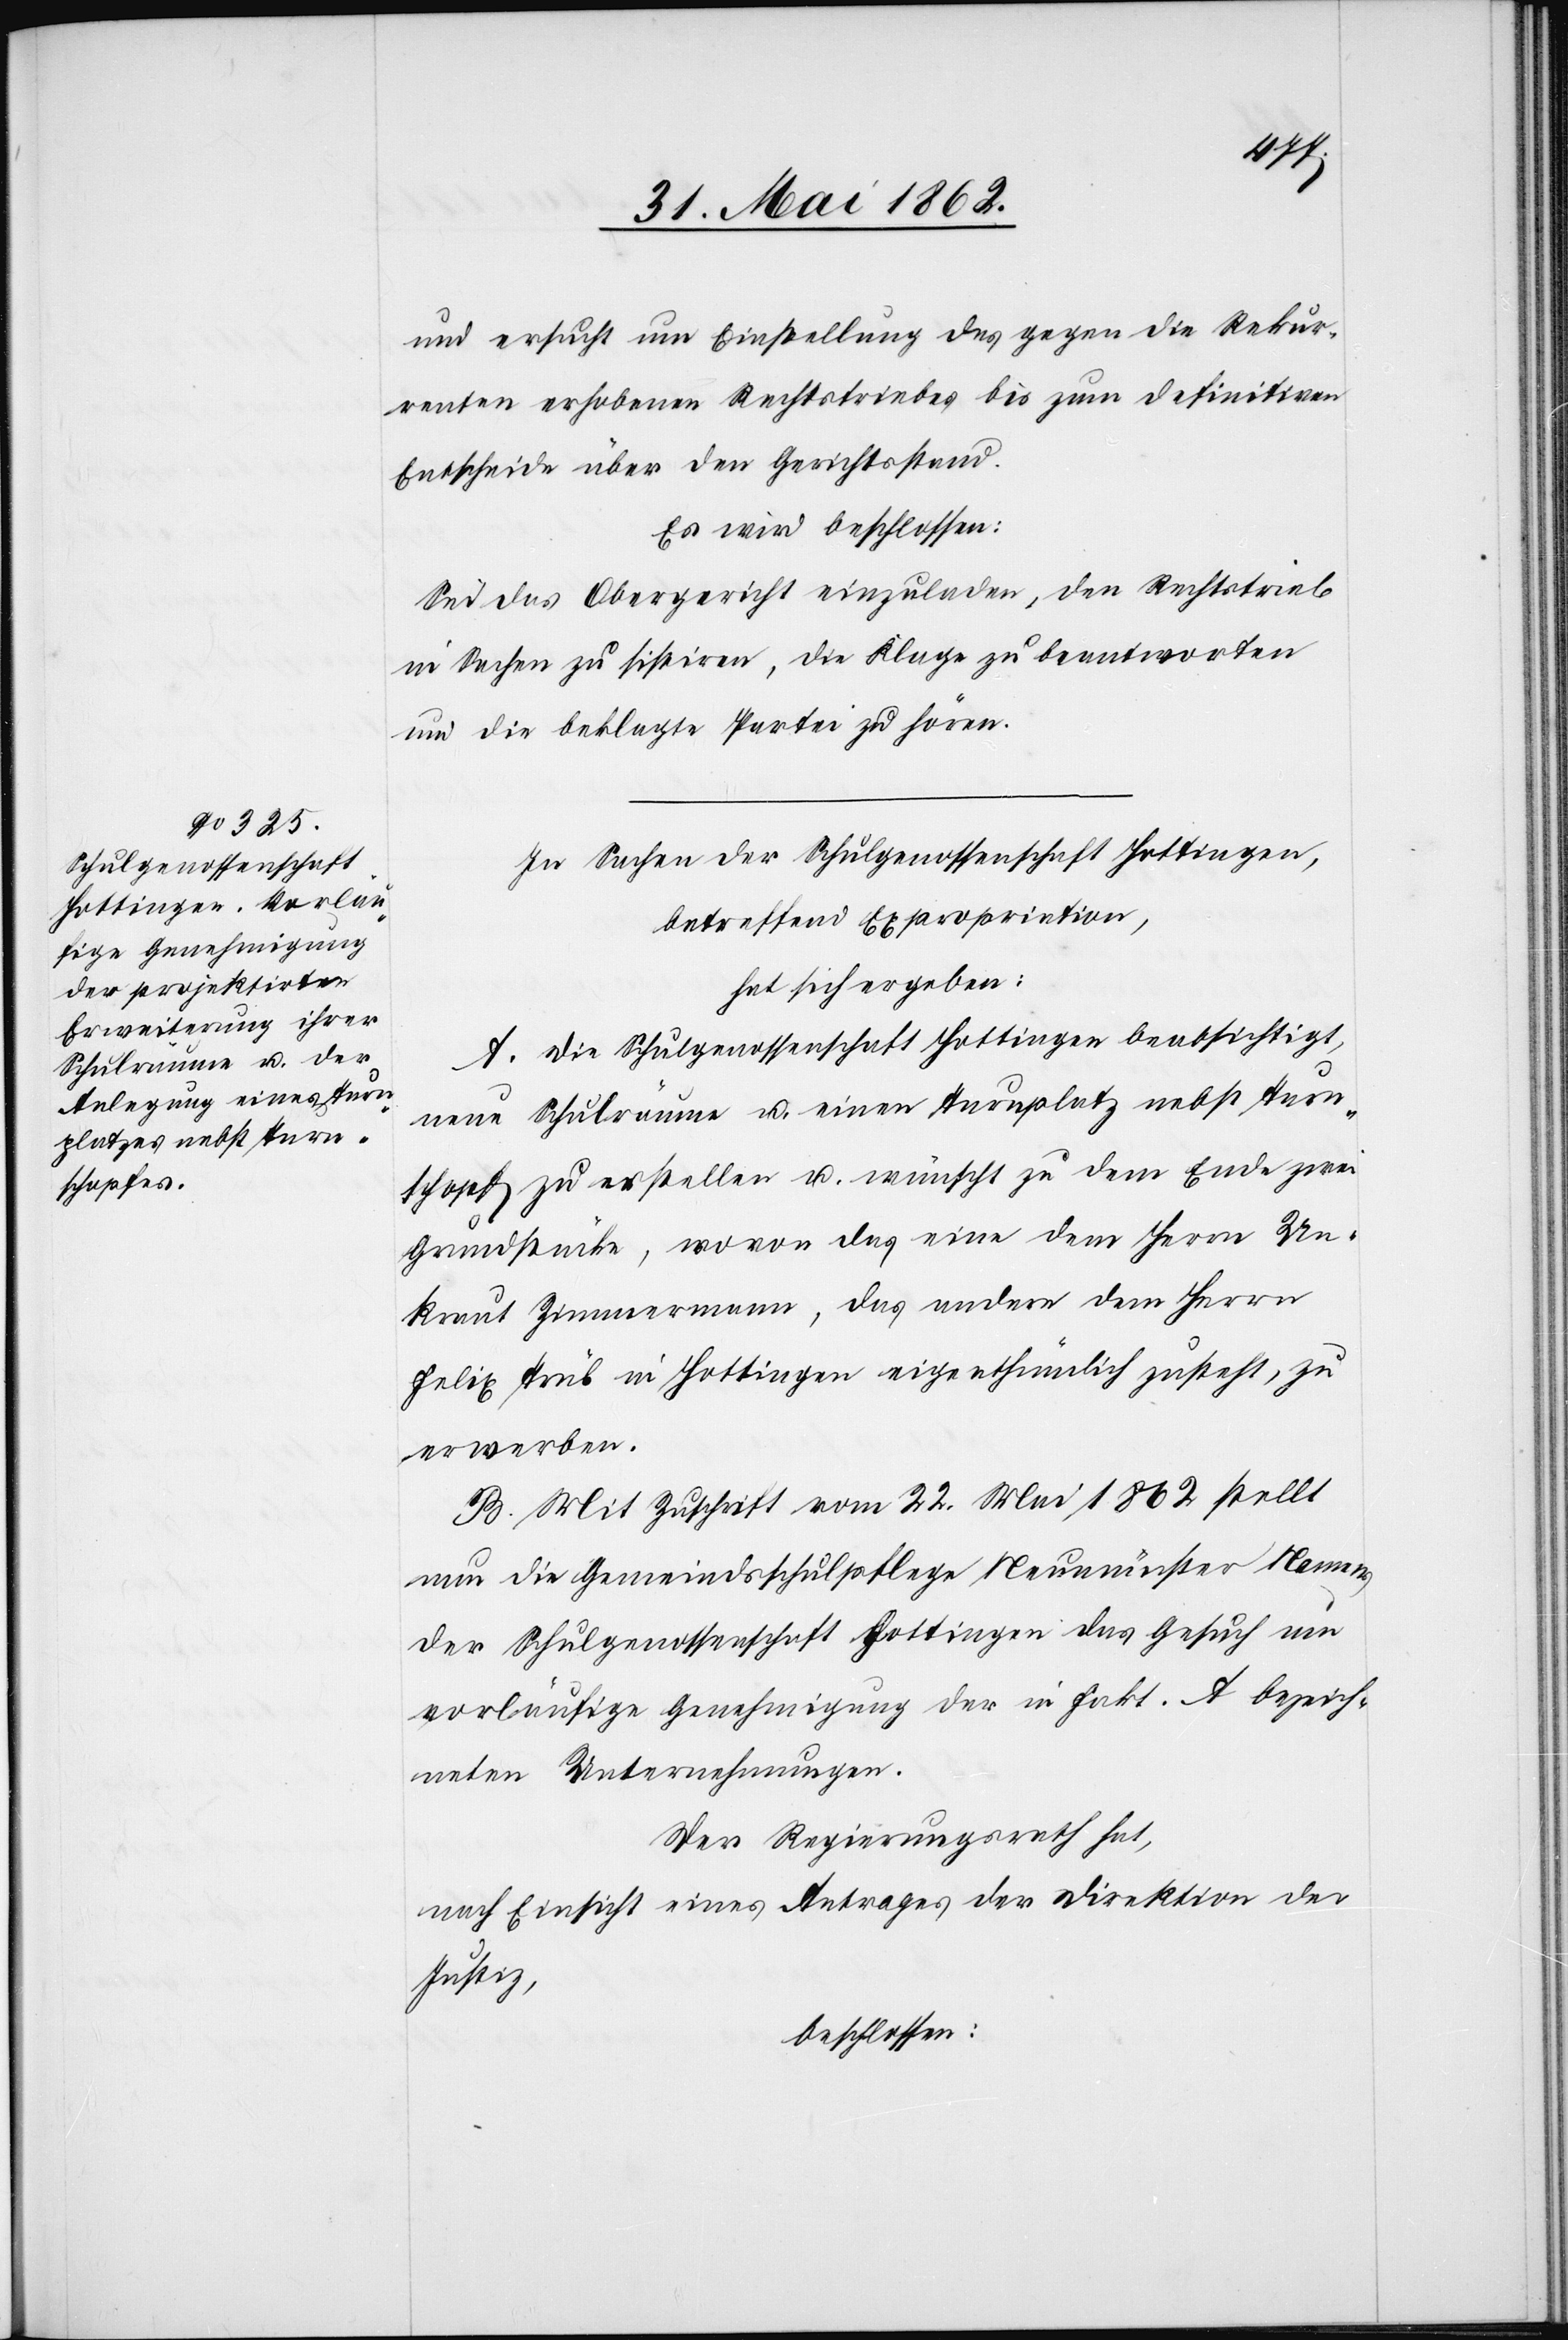
und ersucht um Einstellung des gegen die Rekur¬
renten erhobenen Rechtstriebes bis zum definitiven
Entscheide über den Gerichtsstand.
Es wird beschlossen:
Sei das Obergericht einzuladen, den Rechtstrieb
in Sachen zu sistiren, die Klage zu beantworten
und die beklagte Partei zu hören.
In Sachen der Schulgenossenschaft Hottingen,
betreffend Expropriation,
hat sich ergeben:
A. Die Schulgenossenschaft Hottingen beabsichtigt,
neue Schulräume u. einen Turnplatz nebst Turn¬
schopf zu erstellen u. wünscht zu dem Ende zwei
Grundstücke, wovon das eine dem Herrn Un¬
kraut Zimmermann, das andere dem Herrn
Felix Trüb in Hottingen eigenthümlich zusteht, zu
erwerben.
B. Mit Zuschrift vom 22. Mai 1862 stellt
nun die Gemeindsschulpflege Neumünster Namens
der Schulgenossenschaft Hottingen das Gesuch um
vorläufige Genehmigung der in Fakt. A bezeich¬
neten Unternehmungen.
Der Regierungsrath hat,
nach Einsicht eines Antrages der Direktion der
Justiz,
beschlossen: